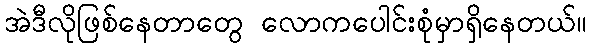
အဲဒီလိုဖြစ်နေတာတွေ လောကပေါင်းစုံမှာရှိနေတယ်။